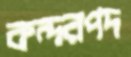
কন্দরপদ